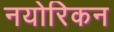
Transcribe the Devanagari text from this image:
नयोरिकन